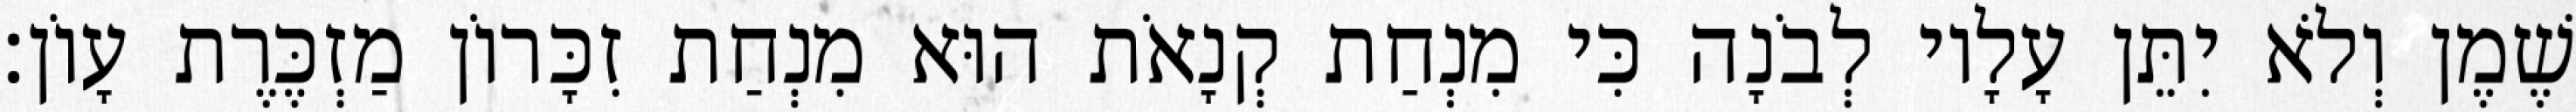
שֶׁמֶן וְלֹא יִתֵּן עָלָיו לְבֹנָה כִּי מִנְחַת קְנָאֹת הוּא מִנְחַת זִכָּרוֹן מַזְכֶּרֶת עָוֹן׃